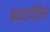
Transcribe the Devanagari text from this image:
अक्रापोलिस